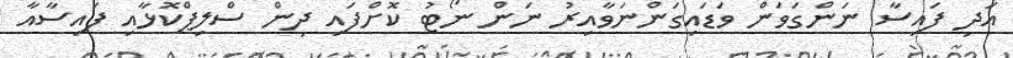
އަދި ފައިސާ ނަންގަވަން ވަޑައިގަންނަވާއިރު ނަން ނޯޓު ކޮށްފައި ދިން ސްލިޕްކޮޅާއި ފައިސާއާ